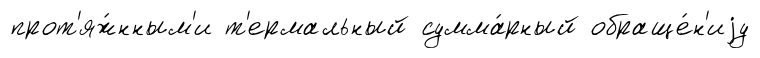
прот'яж́нным'и т'ермальный сумма́рный обраще́н'иjу